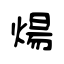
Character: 煬